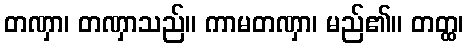
တဏှာ၊ တဏှာသည်။ ကာမတဏှာ၊ မည်၏။ တတ္ထ၊